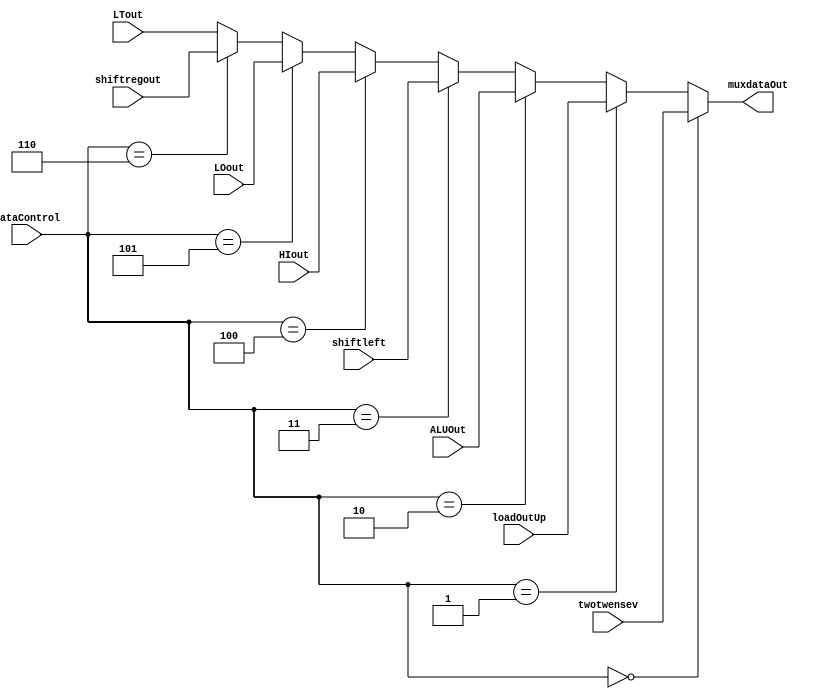
module mux_data(
    input wire [31:0] twotwensev, // 227
    input wire [31:0] loadOutUp,  
    input wire [31:0] ALUOut, 
    input wire [31:0] shiftleft, // embaixo do mdr
    input wire [31:0] HIout, 
    input wire [31:0] LOout, 
    input wire [31:0] shiftregout,
    input wire [31:0] LTout,
    input wire [2:0] dataControl,
    output wire [31:0] muxdataOut
);

    assign muxdataOut = (dataControl == 3'b000) ? twotwensev :
    (dataControl == 3'b001) ? loadOutUp :
    (dataControl == 3'b010) ? ALUOut :
    (dataControl == 3'b011) ? shiftleft :
    (dataControl == 3'b100) ? HIout :
    (dataControl == 3'b101) ? LOout :
    (dataControl == 3'b110) ? shiftregout :
    LTout;

endmodule